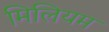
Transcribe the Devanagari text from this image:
मिलियम